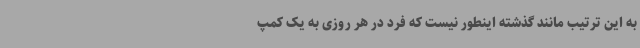
به این ترتیب مانند گذشته اینطور نیست که فرد در هر روزی به یک کمپ